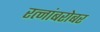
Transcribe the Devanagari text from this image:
रत्नांबरोबर